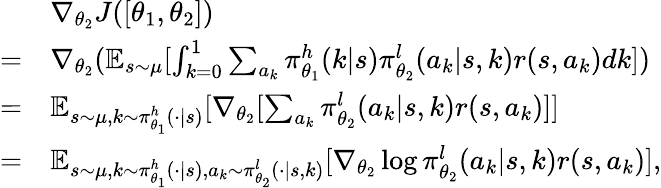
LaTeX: \begin{array}{rl}&{\nabla_{\theta_{2}}J(\left[\theta_{1},\theta_{2}\right])}\\ {=}&{\nabla_{\theta_{2}}(\mathbb{E}_{s\sim\mu}[\int_{k=0}^{1}\sum_{a_{k}}\pi_{\theta_{1}}^{h}(k|s)\pi_{\theta_{2}}^{l}(a_{k}|s,k)r(s,a_{k})dk])}\\ {=}&{\mathbb{E}_{s\sim\mu,k\sim\pi_{\theta_{1}}^{h}(\cdot|s)}[\nabla_{\theta_{2}}[\sum_{a_{k}}\pi_{\theta_{2}}^{l}(a_{k}|s,k)r(s,a_{k})]]}\\ {=}&{\mathbb{E}_{s\sim\mu,k\sim\pi_{\theta_{1}}^{h}(\cdot|s),a_{k}\sim\pi_{\theta_{2}}^{l}(\cdot|s,k)}[\nabla_{\theta_{2}}\log\pi_{\theta_{2}}^{l}(a_{k}|s,k)r(s,a_{k})],}\end{array}